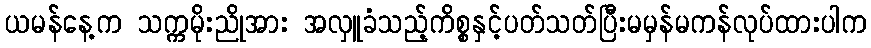
ယမန်နေ့က သက္ကမိုးညိုအား အလှူခံသည့်ကိစ္စနှင့်ပတ်သတ်ပြီးမမှန်မကန်လုပ်ထားပါက